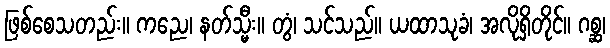
ဖြစ်စေသတည်း။ ကညေ၊ နတ်သ္မီး။ တွံ၊ သင်သည်။ ယထာသုခံ၊ အလိုရှိတိုင်။ ဂစ္ဆ၊